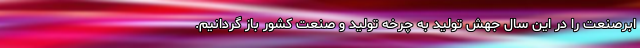
ابرصنعت را در این سال جهش تولید به چرخه تولید و صنعت کشور باز گردانیم.